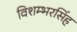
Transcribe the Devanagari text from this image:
विशम्भरसिंह